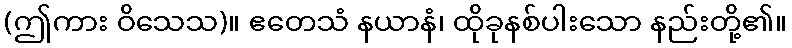
(ဤကား ဝိသေသ)။ ဧတေသံ နယာနံ၊ ထိုခုနစ်ပါးသော နည်းတို့၏။